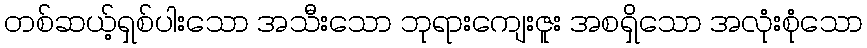
တစ်ဆယ့်ရှစ်ပါးသော အသီးသော ဘုရားကျေးဇူး အစရှိသော အလုံးစုံသော